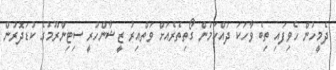
ދެމީހުން ހެވިފައި ތިބެ ވާހަކަ ދައްކަމުން ގޯތިތެރެއަށް ވަތްއިރު ޒީޝާންހުރީ ސިޓިންރޫމުގެ ކުޑަދޮރުން